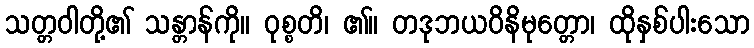
သတ္တဝါတို့၏ သန္တာန်ကို။ ဝုစ္စတိ၊ ၏။ တဒုဘယဝိနိမုတ္တော၊ ထိုနှစ်ပါးသော